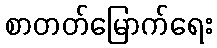
စာတတ်မြောက်ရေး